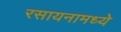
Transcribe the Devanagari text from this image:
रसायनामध्ये